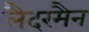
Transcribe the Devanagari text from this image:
लैदरमैन